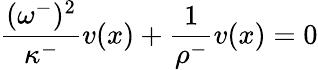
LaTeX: \frac{(\omega^{-})^{2}}{\kappa^{-}}v(x)+\frac{1}{\rho^{-}}v(x)=0